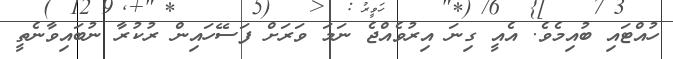
ހުއްޓައި ބުއިމެވެ. އެއީ ގިނަ އިރުވެއްޖެ ނަމަ ވަރަށް ފަސޭހައިން ރުކުރާ ނުބައިވާނެތީ